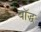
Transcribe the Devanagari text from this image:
बॉद्ध